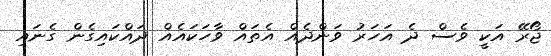
ޖޯރޭ އަކީ ވެސް ދެ އަހަރު ވަންދެއް އެތައް ވާހަކައެއް ދައްކައިގެން ގެނައި